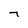
Character: 7